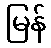
မြန်